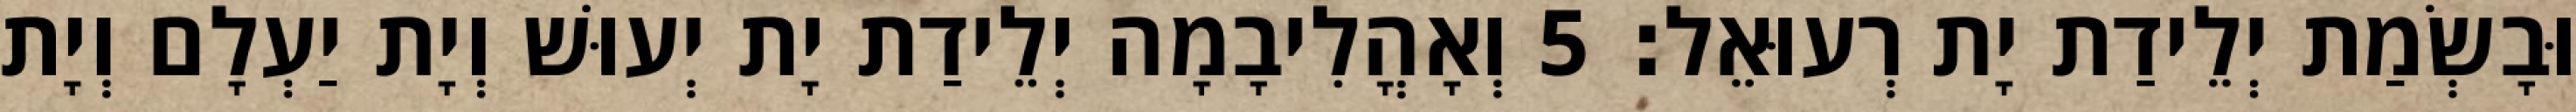
וּבָשְׂמַת יְלֵידַת יָת רְעוּאֵל׃ 5 וְאָהֳלִיבָמָה יְלֵידַת יָת יְעוּשׁ וְיָת יַעְלָם וְיָת